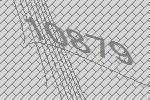
10879